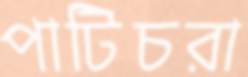
পাটিচরা